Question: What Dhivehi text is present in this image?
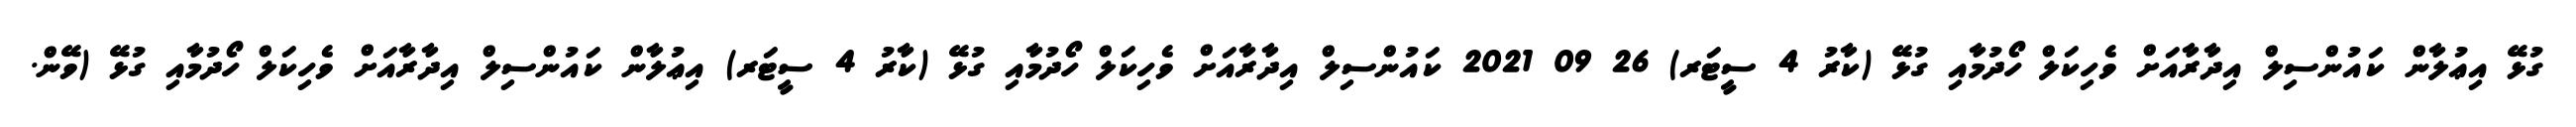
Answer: ގުޅޭ އިޢުލާން ކައުންސިލް އިދާރާއަށް ވެހިކަލް ހޯދުމާއި ގުޅޭ (ކާރު 4 ސީޓަރ) 26 09 2021 ކައުންސިލް އިދާރާއަށް ވެހިކަލް ހޯދުމާއި ގުޅޭ (ކާރު 4 ސީޓަރ) އިޢުލާން ކައުންސިލް އިދާރާއަށް ވެހިކަލް ހޯދުމާއި ގުޅޭ (ވޭން.